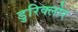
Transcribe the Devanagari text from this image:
डुरिक्लोर